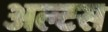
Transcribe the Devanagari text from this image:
अल्टस